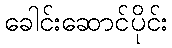
ခေါင်းဆောင်ပိုင်း